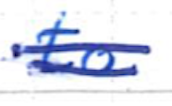
Text: to
Cross-out: double-line
Writing tool: ballpoint